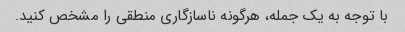
با توجه به یک جمله، هرگونه ناسازگاری منطقی را مشخص کنید.